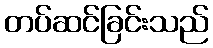
တပ်ဆင်ခြင်းသည်